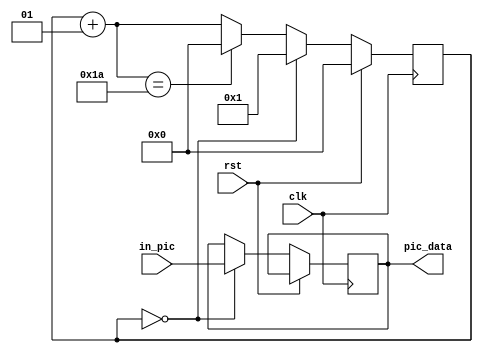
//*************************************************//
//*******************************************//
//*******************************************************//
//***************************************************//
//********************CNNFPGA******************//
//********************2019.06.01*******************************//
//*************************************************//


module clk1(
	clk,
	rst,

	in_pic,
	pic_data
);

input clk;
input rst;
input [223:0] in_pic; //ROM
output reg [223:0] pic_data; //

integer count; //

always @(posedge clk)
begin
	if(rst) count = 0;
	
	else begin
		if(count==0) begin
			pic_data = in_pic;
			count = 1;
			//$display("pic_data = %h", pic_data);
		end
		
		else begin
			count = count + 1;
			if(count==26) count = 0; //26
		end
	end
end

endmodule